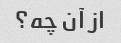
از آن چه؟